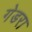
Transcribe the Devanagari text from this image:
गेडरा